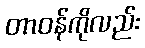
တာဝန်ကိုလည်း